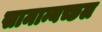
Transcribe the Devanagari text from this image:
सामान्यच्छल